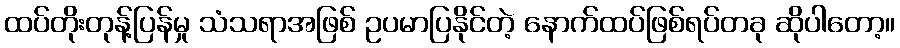
ထပ်တိုးတုန့်ပြန်မှု သံသရာအဖြစ် ဥပမာပြနိုင်တဲ့ နောက်ထပ်ဖြစ်ရပ်တခု ဆိုပါတော့။